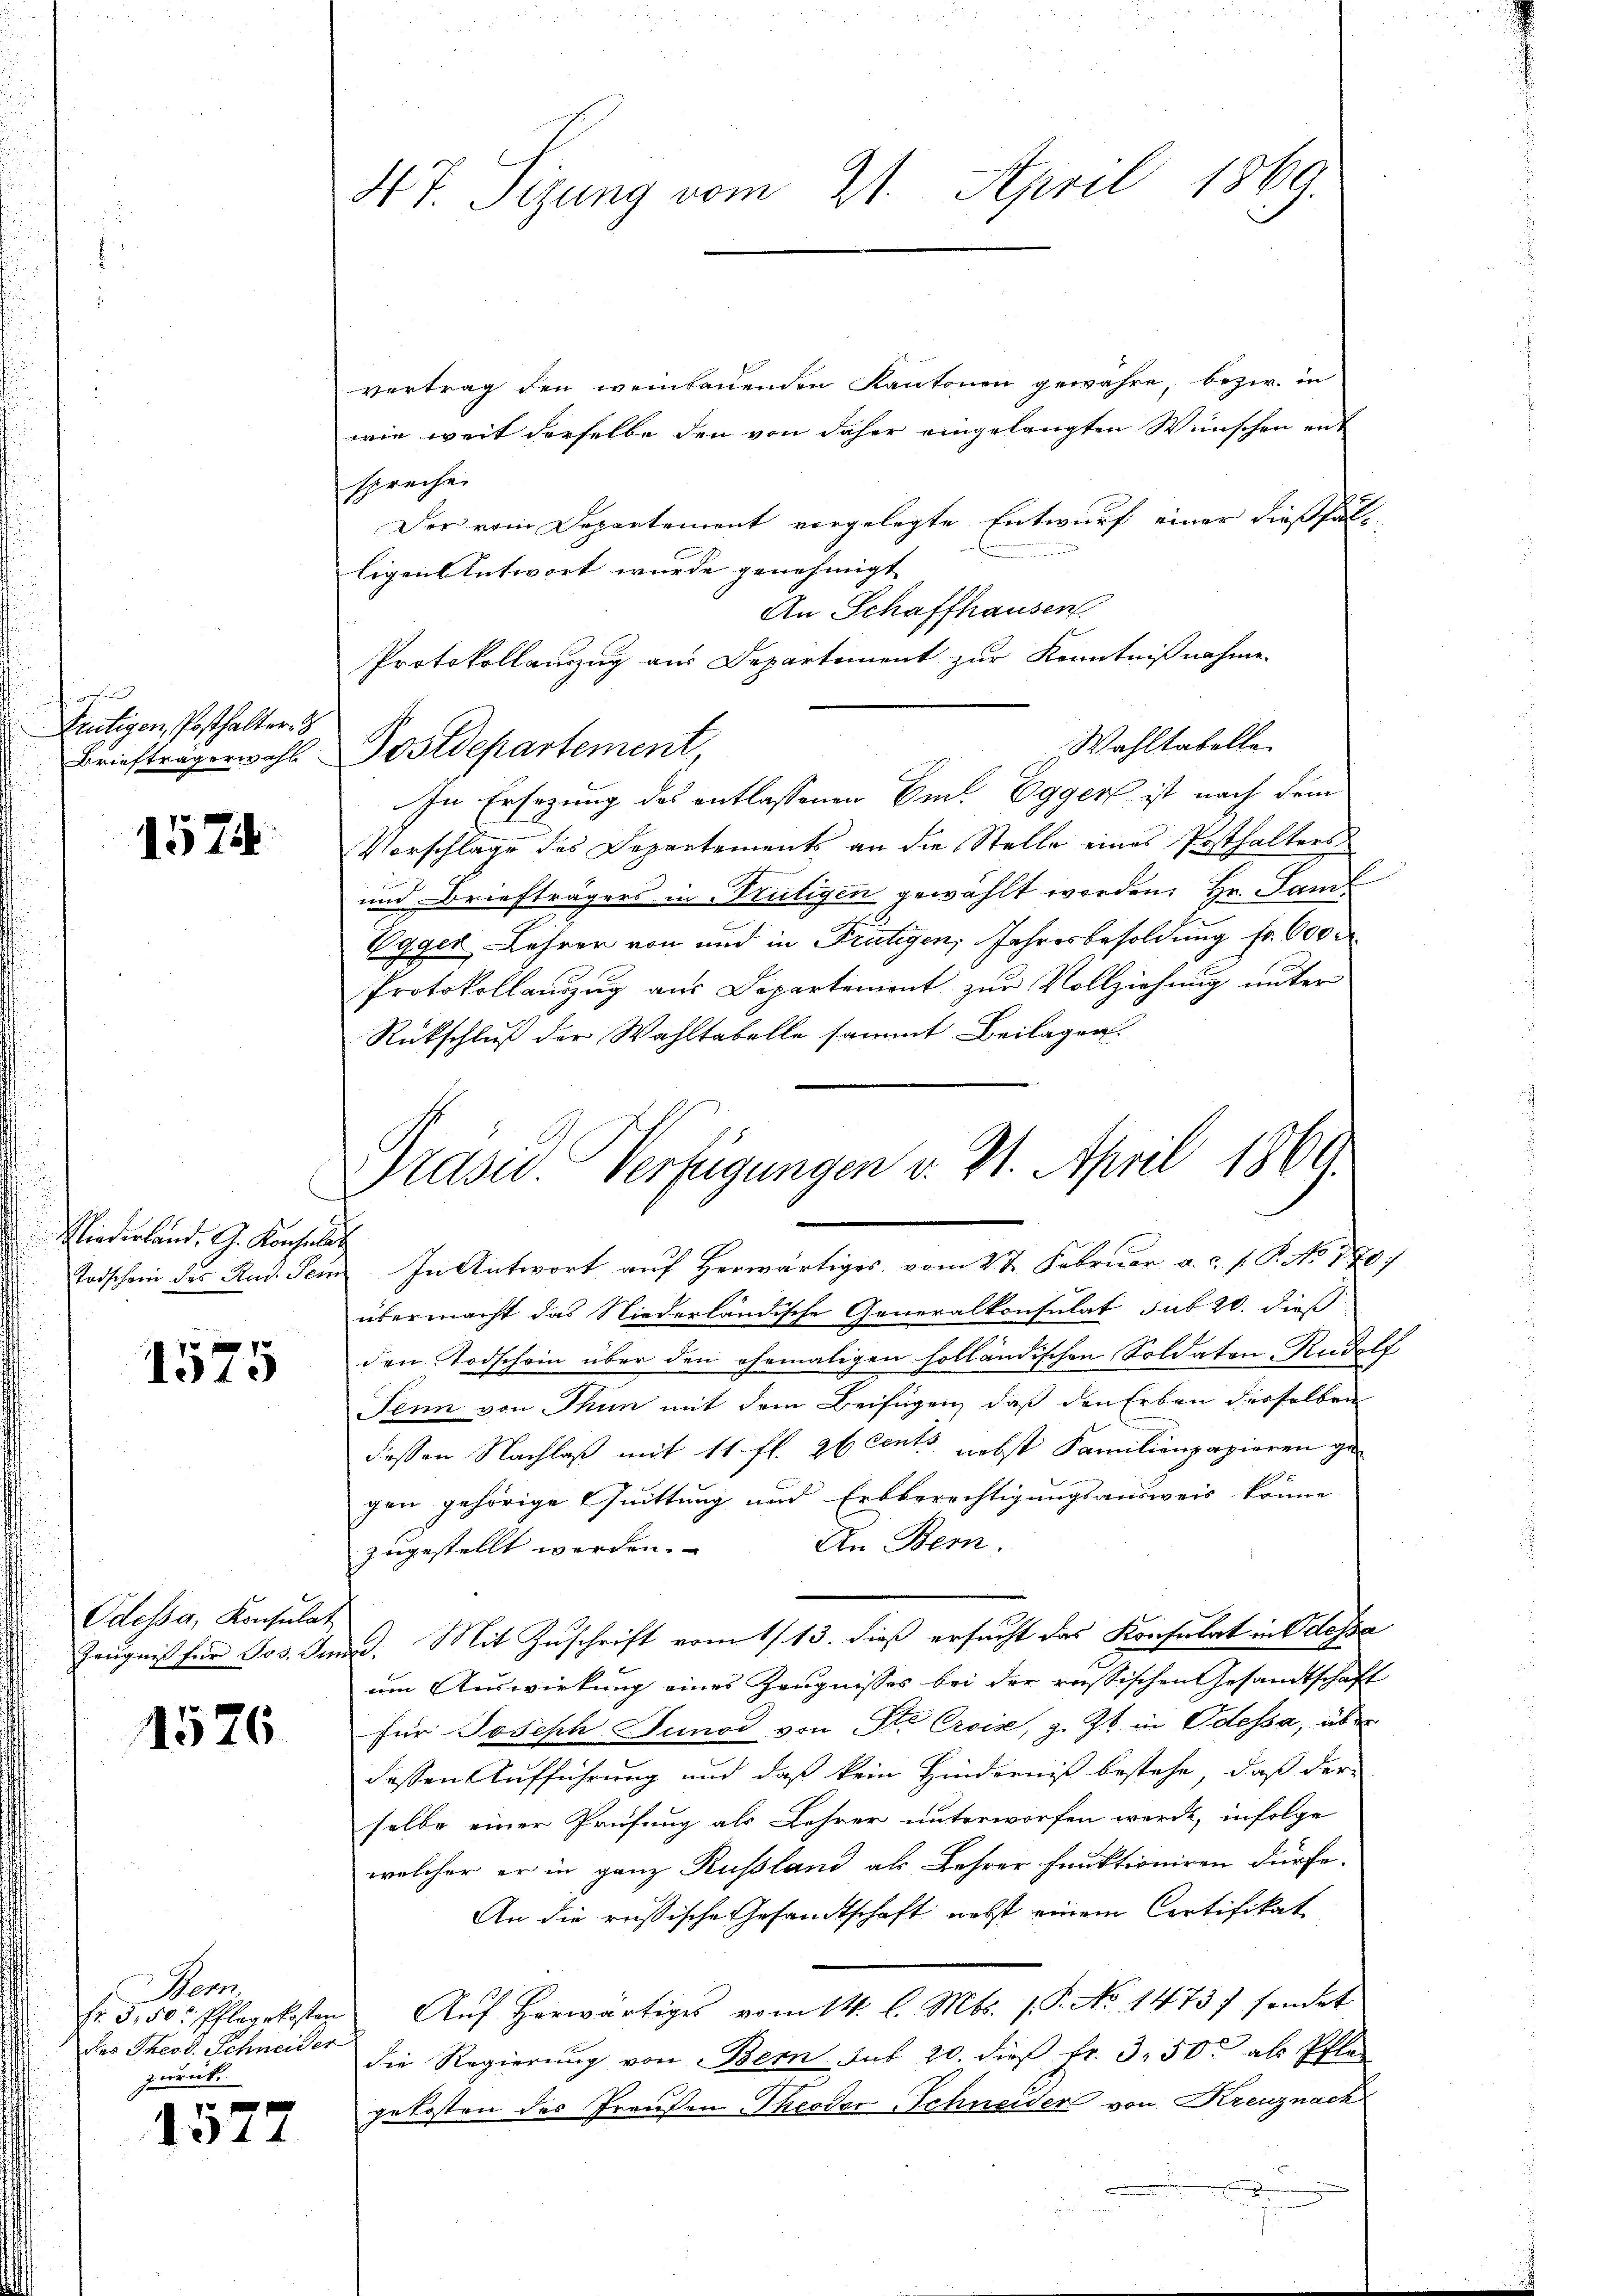
gefun
Reutigen, Posthalter.
Briefträgerwahl

1574

Niederland, G. Konsulat

1310

Odessa, Konsulat

1526

Mens
des Theod. Schneider
zurück.

1577

vertrag den weinbauenden Kantonen gewähre, bezw. in
wie weit derselbe den von daher eingelangten Wünschen ent
spreche
Der vom Departement vorgelegte Entwurf einer dießfällligen Antwort wurde genehmigt |
An Schaffhausen
Protokollauszug aus Departement zur Kenntnißnahme.
Wahltabelle
Postdepartement,
In Ersezung des entlassenen Amt. Egger ist nach dem
Vorschlage des Departements an die Stelle eines Posthalters
und Briefträgers in Brütigen gewählt werden. Hr. Jan
Egger Lehrer von und in Frutigen, Jahresbesoldung fr. 600 r
Protokollauszug aus Departement zur Vollziehung unter
Rückschluß der Wahltabelle sammt Beilagen
Todschein des Rad. ein. In Antwort auf herwärtiges vom 27. Februar a.c. s. P. No. 170
übermacht das Niederländische Generalkonsulat sub 20. dieß
den Todschein über den ehemaligen holländischen Soldaten-Rudolf
Penn von Thun mit dem Beifügen, daß den Erben derselben
dessen Nachlaß mit 11 fl. 26 Cents nebst Familienpapieren ge-
gen gehörige Quittung und Erbberechtigungsausweis könne
An Bern.
zugestellt werden.
Zeugniß für Jos. Jena. Mit Zuschrift vom 1/13. dieß ersucht das Konsulat in Odessa
um Auswirkung eines Zeugnisses bei der russischen Gesandtschaft
für Joseph Sunod von St. Crois, z. 26 in Odessa, über
dessen Aufführung und daß kein Hinderniß bestehe, daß der
selbe einer Prüfung als Lehrer unterworfen werde, infolge
welcher er in ganz Russland als Lehrer funktioniren dürfe.
An die russische Gesandtschaft nebst einem Cortifikat
Fr. 350. Pflegekosten Aŭf herwärtiges vom 14. l. Mts. 1. P. No 1473) sendet
die Regierŭng von Bern sub 20. dieβ fr. 3. 50. als Pfla
gekosten des Preußen Theodor Schneiders von Kreuznach

47. Sizung vom 21. April 1869.

Prasw. Verfügungen v. 21. April 1864